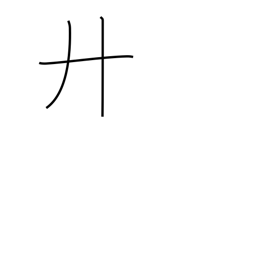
Meaning: twenty or letter H radical (no. 55)